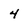
Character: 4